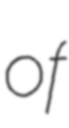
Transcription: of